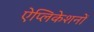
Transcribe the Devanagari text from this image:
ऐप्लिकेशनों